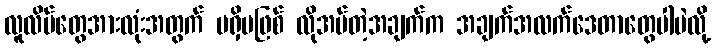
လူလိမ်တွေအားလုံးအတွက် မရှိမဖြစ် လိုအပ်တဲ့အချက်က အချက်အလက်ဒေတာတွေပါပဲလို့